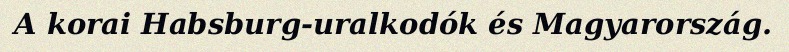
A korai Habsburg-uralkodók és Magyarország.